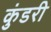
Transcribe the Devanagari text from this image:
कुंडरी